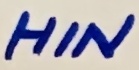
Text: HIN